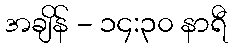
အချိန် - ၁၄:၃၀ နာရီ